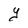
Character: Y